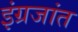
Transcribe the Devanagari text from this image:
इंग्रजांत